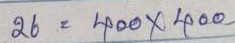
26 = 400 x 400